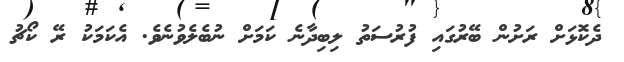
ދެކޮޅަށް ރަށުން ބޭރުގައި ފުރުސަތު ލިބިދާނެ ކަމަށް ނުބެލެވުނެވެ. އެކަމަކު ރޭ ކޯޗު